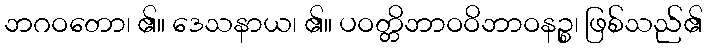
ဘဂဝတော၊ ၏။ ဒေသနာယ၊ ၏။ ပဝတ္တိဘာဝဝိဘာဝနဉ္စ၊ ဖြစ်သည်၏